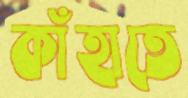
কাঁহাতে